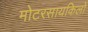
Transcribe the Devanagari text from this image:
मोटरसायकिलों